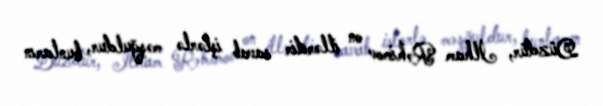
Düzdür, İlham Rəhimov on illərdir savab işlərlə məşğuldur, bunların